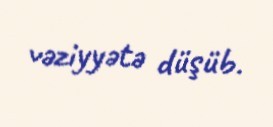
vəziyyətə düşüb.